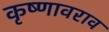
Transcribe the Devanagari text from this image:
कृष्णावराव